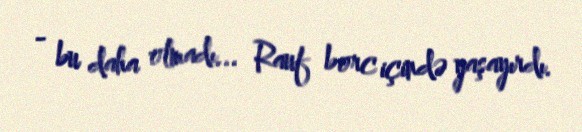
- bu daha olmadı... Rauf borc içində yaşayırdı.